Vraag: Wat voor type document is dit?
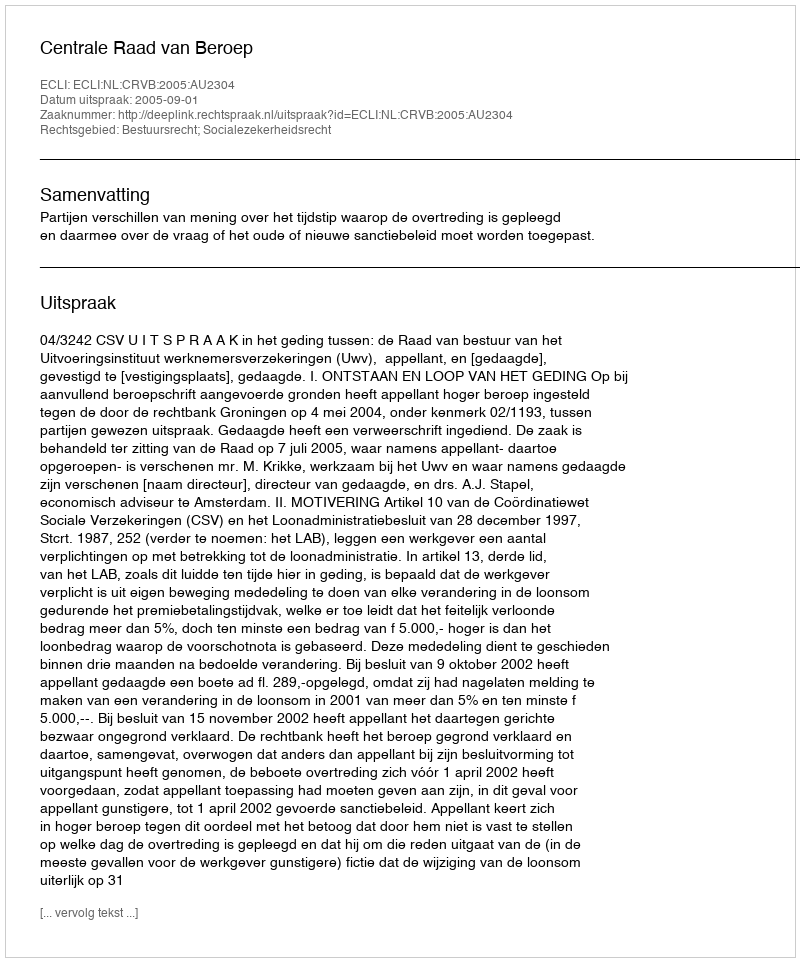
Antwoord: Uitspraak